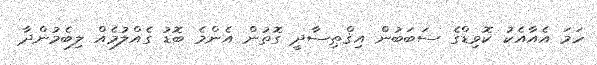
ހަމަ އެއާއެކު ކޮވިޑްގެ ސަބަބުން އިޤްޠިސާދީ ގޮތުން އެންމެ ބޮޑު ގެއްލުމެއް ލިބެމުންދާ